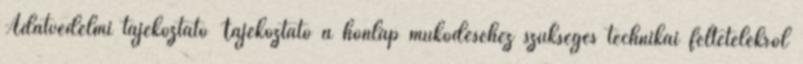
Adatvédelmi tájékoztató Tájékoztató a honlap működéséhez szükséges technikai feltételekről